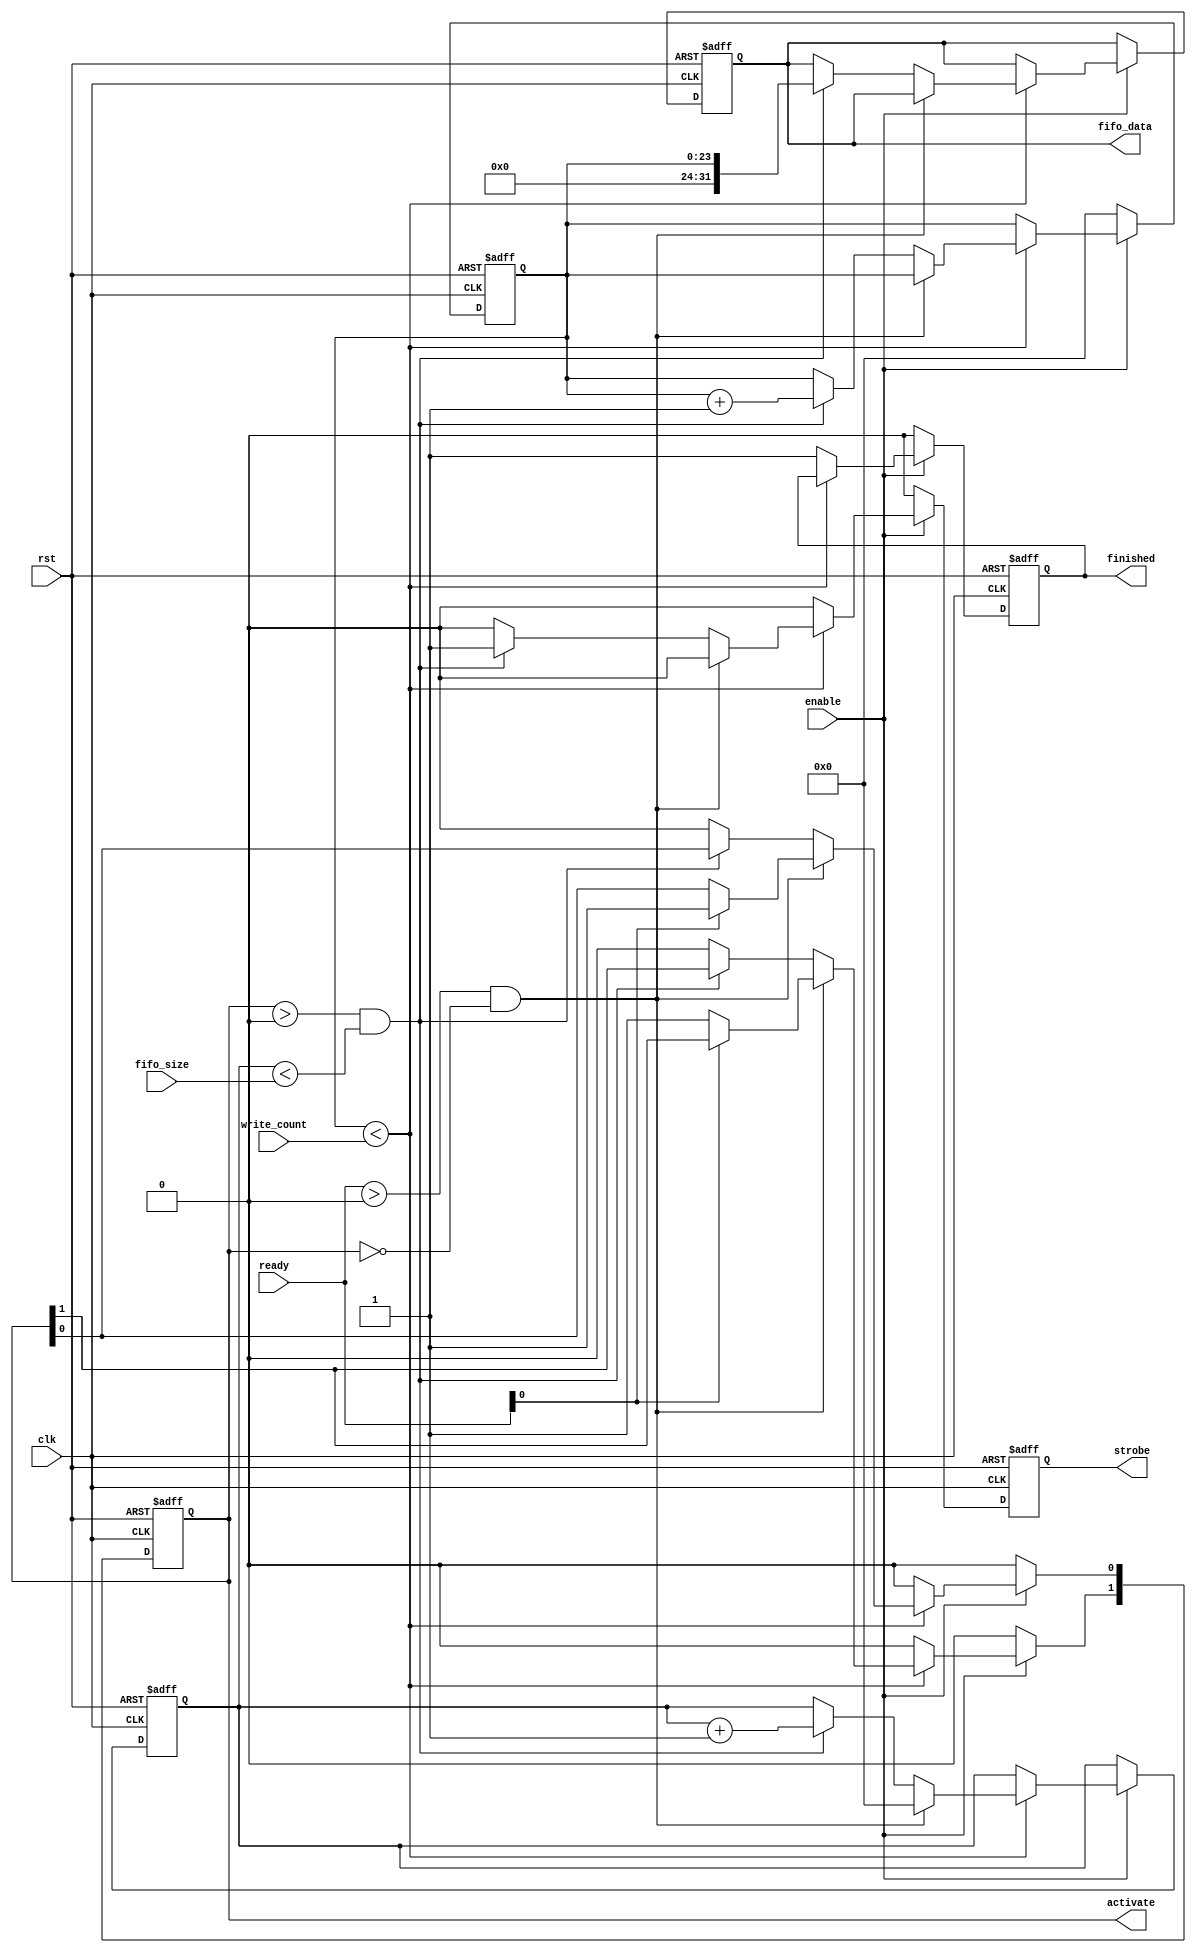
module test_in (
  input               clk,
  input               rst,

  input               enable,
  output  reg         finished,
  input       [23:0]  write_count,

  input       [1:0]   ready,
  output  reg [1:0]   activate,
  output  reg [31:0]  fifo_data,
  input       [23:0]  fifo_size,
  output  reg         strobe
);


//Parameters
//Registers/Wires
reg           [23:0]  count;
reg           [23:0]  total_count;
//Sub modules
//Asynchronous Logic
//Synchronous Logic

always @ (posedge clk or posedge rst) begin
  if (rst) begin
    activate            <=  0;
    fifo_data           <=  0;
    strobe              <=  0;
    count               <=  0;
    total_count         <=  0;
    finished            <=  0;
  end
  else begin
    strobe              <=  0;
    if (!enable) begin
        total_count     <=  0;
        activate        <=  0;
        finished        <=  0;
    end
    else if (total_count < write_count) begin
      if ((ready > 0) && (activate == 0)) begin
        //A FIFO is available
        count             <=  0;
        if (ready[0]) begin
          activate[0]     <=  1;
        end
        else begin
          activate[1]     <=  1;
        end
      end
      else if ((activate > 0) && (count < fifo_size))begin
        fifo_data         <=  total_count;
        total_count       <=  total_count + 1;
        count             <=  count + 1;
        strobe            <=  1;
      end
      else begin
        activate          <=  0;
      end
    end
    else begin
        finished          <=  1;
        activate          <=  0;
    end
  end
end

endmodule